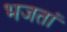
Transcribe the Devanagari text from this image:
भजतां